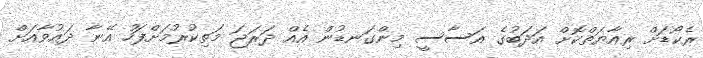
ރެކޯޑަށް ރިއާޔަތްކޮށް އަދަބުގެ އަސާސީ މިންގަނޑުން އެއް ދަރަޖަ މަތިކުރުމަށްފަހު އޭނާ ދައުވާއަށް